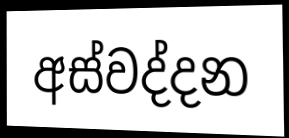
අස්වද්දන